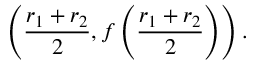
\left( { \frac { r _ { 1 } + r _ { 2 } } { 2 } } , f \left( { \frac { r _ { 1 } + r _ { 2 } } { 2 } } \right) \right) .